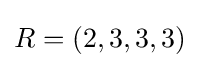
R=(2,3,3,3)